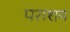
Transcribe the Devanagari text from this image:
पराशय